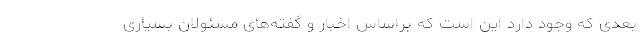
بعدی که وجود دارد این است که براساس اخبار و گفته‌های مسئولان بسیاری